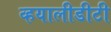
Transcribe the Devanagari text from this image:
व्हयालीडीटी